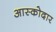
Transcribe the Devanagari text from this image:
आस्कोदार